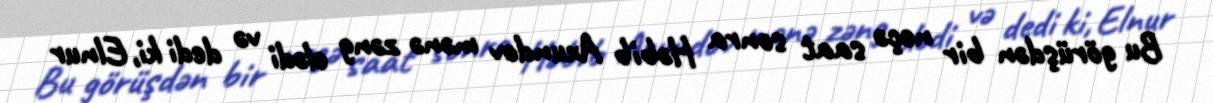
Bu görüşdən bir neçə saat sonra Həbib Axundov mənə zəng elədi və dedi ki, Elnur